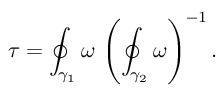
\tau = \oint _ { \gamma _ { 1 } } \omega \, \left( \oint _ { \gamma _ { 2 } } \omega \right) ^ { - 1 } .